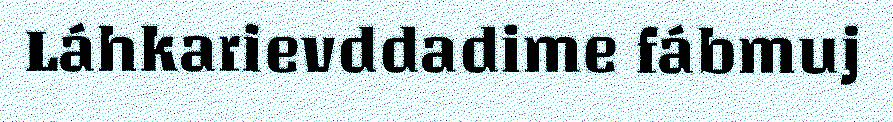
Láhkarievddadime fábmuj